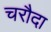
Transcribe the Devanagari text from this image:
चरौदा